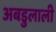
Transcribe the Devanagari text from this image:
अबडुलाली